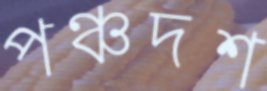
পঞ্চদশ